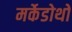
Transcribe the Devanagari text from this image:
मर्केडोथो